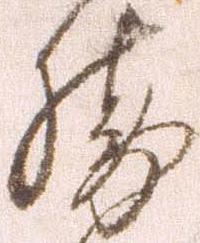
勝